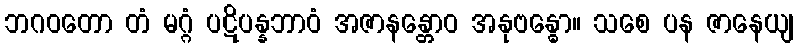
ဘဂဝတော တံ မဂ္ဂံ ပဋိပန္နဘာဝံ အဇာနန္တောဝ အနုဗန္ဓော။ သစေ ပန ဇာနေယျ